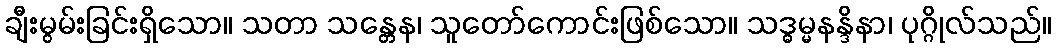
ချီးမွမ်းခြင်းရှိသော။ သတာ သန္တေန၊ သူတော်ကောင်းဖြစ်သော။ သဒ္ဓမ္မနန္ဒိနာ၊ ပုဂ္ဂိုလ်သည်။